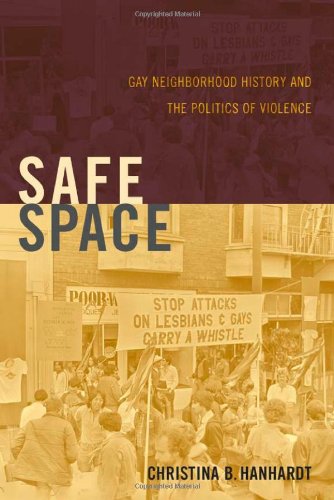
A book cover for Safe Space: Gay Neighborhood History and the Politics of Violence (Perverse Modernities: A Series Edited by Jack Halberstam and Lisa Lowe); Christina B. Hanhardt; Gay & Lesbian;